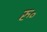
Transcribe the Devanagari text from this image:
रु॰